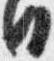
日